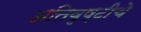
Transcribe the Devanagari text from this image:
अतिवृष्टीचे